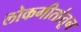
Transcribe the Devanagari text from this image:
लोकगीतांतून